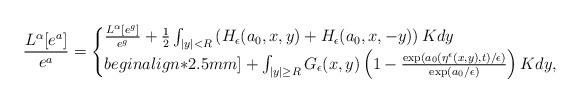
LaTeX: \begin{align*} \frac{L^\alpha[e^a]}{e^a}=\begin{cases} \frac{L^\alpha[e^g]}{e^{g}}+ \frac{1}{2} \int_{|y|<R} \left( H_\epsilon(a_0,x,y) + H_\epsilon(a_0,x,-y) \right) K dy \\begin{align*}2.5mm]+\int_{|y| \geq R} G_\epsilon(x,y) \left(1 - \frac{\exp(a_0(\eta^\epsilon(x,y),t)/\epsilon)}{\exp(a_0/\epsilon)}\right) K dy,\end{cases}\end{align*}